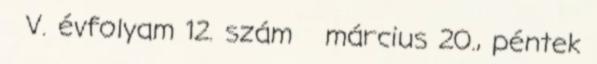
V. évfolyam 12. szám március 20., péntek